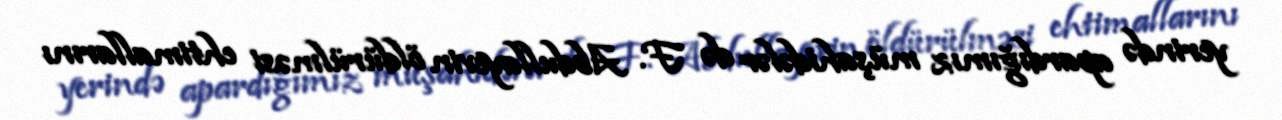
yerində apardığımız müşahidələr də F. Abdullayevin öldürülməsi ehtimallarını